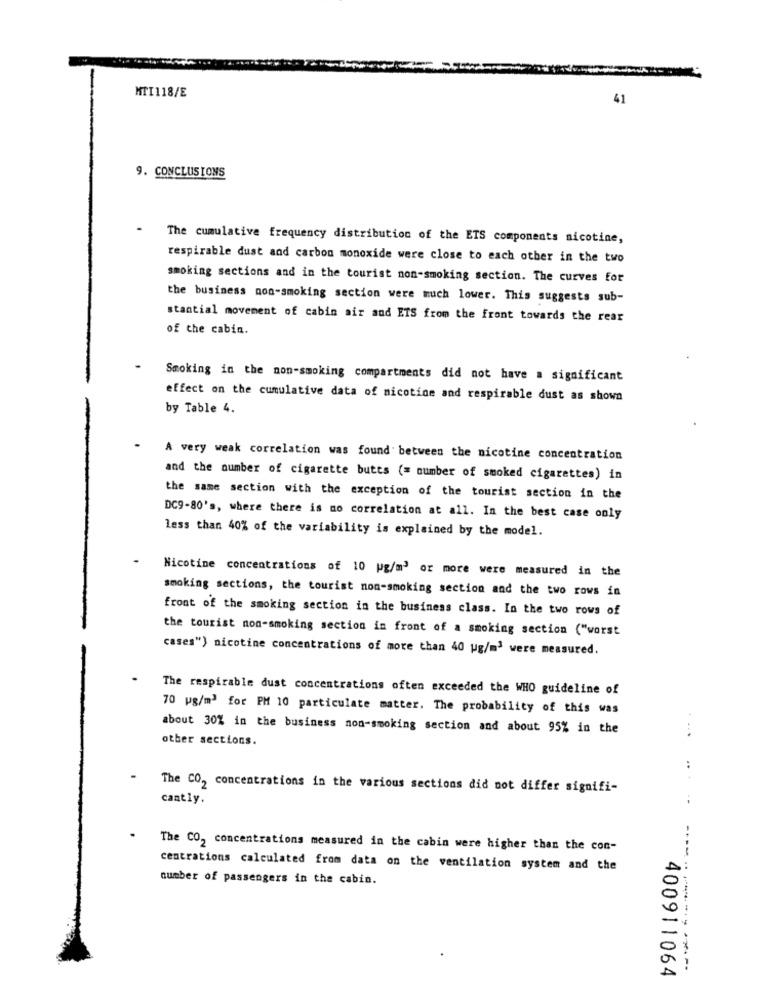
MTI118/E
41
9. CONCLUSIONS
The cumulative frequency distribution of the ETS components nicotine,
respirable dust and carbon monoxide were close to each other in the two
smoking sections and in the tourist non-smoking section. The curves for
the business non-smoking section were much lower. This suggests sub-
stantial movement of cabin air and ETS from the front towards the rear
of the cabin.
Smoking in the non-smoking compartments did not have a significant
effect on the cumulative data of nicotine and respirable dust as shown
by Table 4.
A very weak correlation was found between the nicotine concentration
and the number of cigarette butts (= number of smoked cigarettes) in
the same section with the exception of the tourist section in the
DC9-80's, where there is no correlation at all. In the best case only
less than 40% of the variability is explained by the model.
Nicotine concentrations of 10 pg/m3 or more were measured in the
smoking sections, the tourist non-smoking section and the two rows in
front of the smoking section in the business class. In the two rows of
the tourist non-smoking section in front of a smoking section ("worst
cases") nicotine concentrations of more than 40 ug/m3 were measured.
The respirable dust concentrations often exceeded the WHO guideline of
70 wg/m2 for PM 10 particulate matter. The probability of this was
about 30% in the business non-smoking section and about 95% in the
other sections.
....
. .
The CO, concentrations in the various sections did not differ signifi-
cantly.
..
The CO, concentrations measured in the cabin were higher than the con-
centrations calculated from data on the ventilation system and the
number of passengers in the cabin.
--------------
400911064